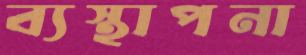
ব্যস্থাপনা